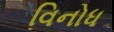
વિનોધ